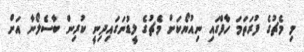
މި މެޗުގެ ފުރަތަމަ ހާފްގައި ނިއުޔޯކަށް މެޗުގެ ލީޑުނަގައިދިނީ ކުރިން ބާސެލޯނާ އަށް